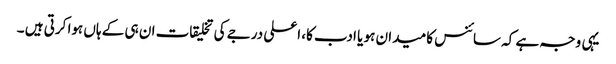
یہی وجہ ہے کہ سائنس کا میدان ہو یا ادب کا، اعلی درجے کی تخلیقات ان ہی کے ہاں ہوا کرتی ہیں ۔